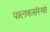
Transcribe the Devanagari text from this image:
पालकसंस्था